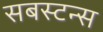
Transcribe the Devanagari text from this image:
सबस्टन्स